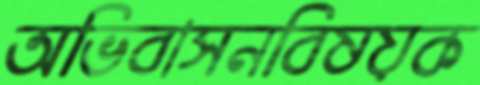
অভিবাসনবিষয়ক